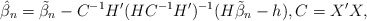
\begin{align*}\hat{\beta}_n = \tilde{\beta}_n -C^{-1}H'(HC^{-1}H')^{-1}(H\tilde{\beta}_n-h), C=X'X,\end{align*}